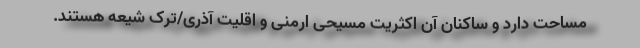
مساحت دارد و ساکنان آن اکثریت مسیحی ارمنی و اقلیت آذری/ترک شيعه هستند.